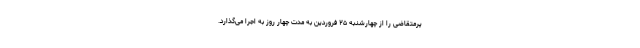
پرمتقاضی را از چهارشنبه ۲۵ فروردین به مدت چهار روز به اجرا می‌گذارد.